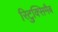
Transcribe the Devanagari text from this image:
रिटुक्सिमैब